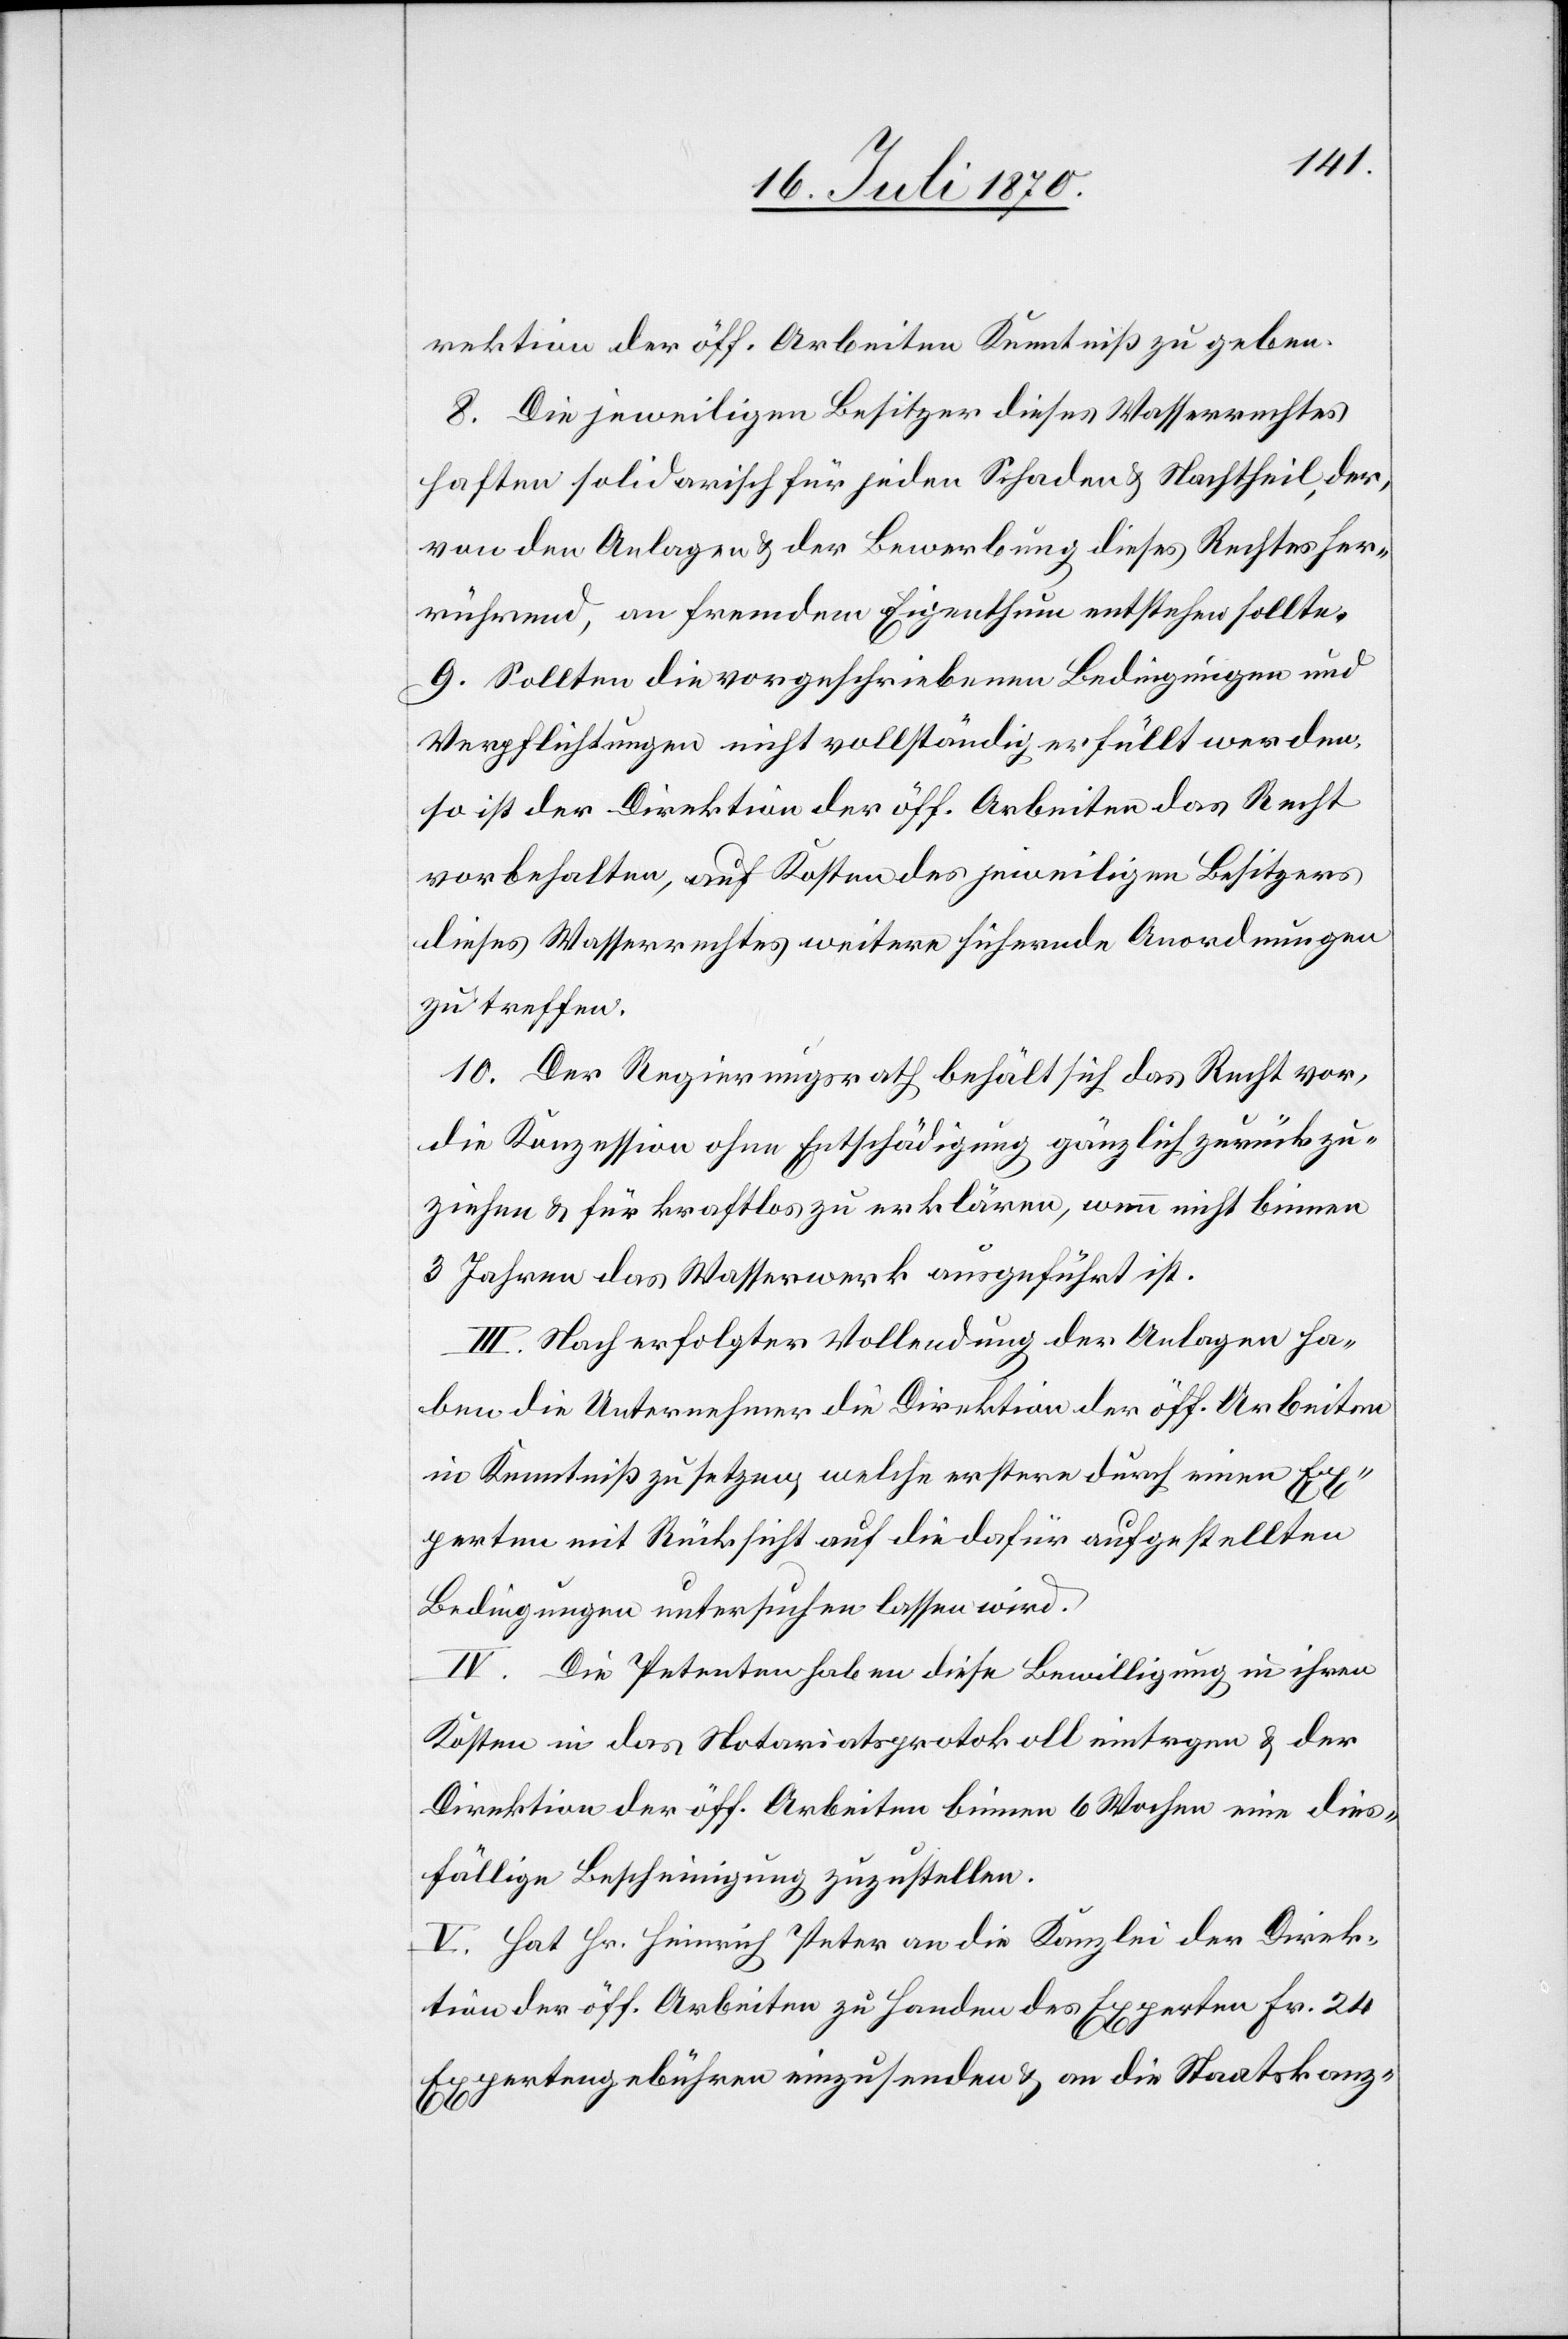
rektion der öff. Arbeiten Kenntniß zu geben.
8. Die jeweiligen Besitzer dieses Wasserrechtes
haften solidarisch für jeden Schaden & Nachtheil, der,
von den Anlagen & der Bewerbung dieses Rechtes her¬
rührend, an fremdem Eigenthum entstehen sollte.
9. Sollten die vorgeschriebenen Bedingungen und
Verpflichtungen nicht vollständig erfüllt werden,
so ist der Direktion der öff. Arbeiten das Recht
vorbehalten, auf Kosten des jeweiligen Besitzers
dieses Wasserrechtes weitere sichernde Anordnungen
zu treffen.
10. Der Regierungsrath behält sich das Recht vor,
die Konzession ohne Entschädigung gänzlich zurückzu¬
ziehen & für kraftlos zu erklären, wenn nicht binnen
3 Jahren das Wasserwerk ausgeführt ist.
III. Nach erfolgter Vollendung der Anlagen ha¬
ben die Unternehmer die Direktion der öff. Arbeiten
in Kenntniß zu setzen, welche erstere durch einen Ex¬
perten mit Rücksicht auf die dafür aufgestellten
Bedingungen untersuchen lassen wird.
IV. Die Petenten haben diese Bewilligung in ihren
Kosten in das Notariatsprotokoll eintragen & der
Direktion der öff. Arbeiten binnen 6 Wochen eine dieß¬
fällige Bescheinigung zuzustellen.
V. Hat Hr. Heinrich Peter an die Kanzlei der Direk¬
tion der öff. Arbeiten zu Handen des Experten Fr. 24
Expertengebühren einzusenden & an die Staatskanz-